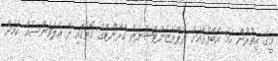
މީގެ އިތުރުން ހަމަ އެބޭފުޅާއަށް ރެޕްރެޒެންޓޭޝަނަލް ގްރާންޓްގެ ގޮތުގައި ދޭ އެލަވަންސެއް ކަމަށް